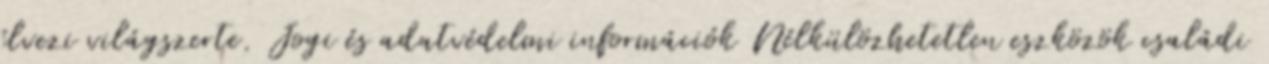
élvezi világszerte. Jogi és adatvédelmi információk Nélkülözhetetlen eszközök családi